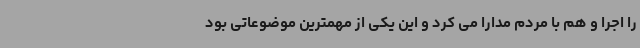
را اجرا و هم با مردم مدارا می کرد و این یکی از مهمترین موضوعاتی بود